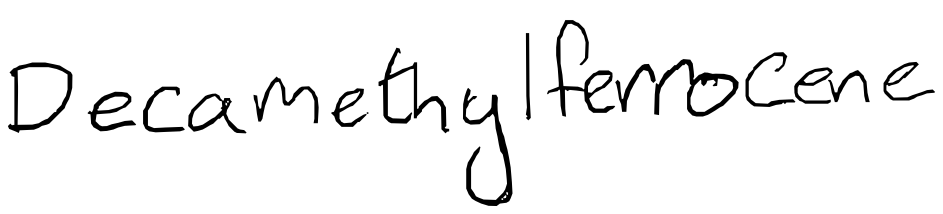
Text: Decamethylferrocene
Cross-out: clean
Writing tool: digital_black